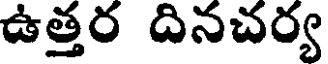
ఉత్తర దినచర్య